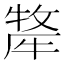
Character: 𭷯